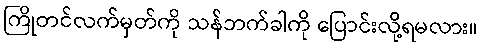
ကြိုတင်လက်မှတ်ကို သန်ဘက်ခါကို ပြောင်းလို့ရမလား။